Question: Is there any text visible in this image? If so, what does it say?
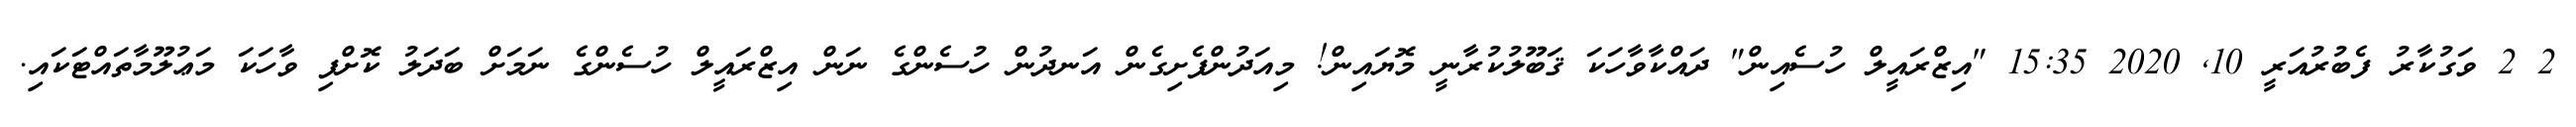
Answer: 2 2 ވަގުކާރު ފެބުރުއަރީ 10, 2020 15:35 "އިޒްރައީލް ހުސެއިން" ދައްކާވާހަކަ ޤަބޫލުކުރާނީ މޮޔައިން! މިއަދުންފެށިގެން އަނދުން ހުސެންގެ ނަން އިޒްރައީލް ހުސެންގެ ނަމަށް ބަދަލު ކޮށްފި ވާހަކަ މަޢުލޫމާތައްޓަކައި.